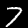
Label: 7